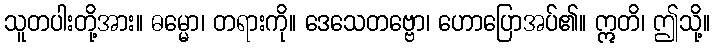
သူတပါးတို့အား။ ဓမ္မော၊ တရားကို။ ဒေသေတဗ္ဗော၊ ဟောပြောအပ်၏။ ဣတိ၊ ဤသို့။